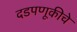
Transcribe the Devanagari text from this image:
दडपणूकीचे